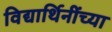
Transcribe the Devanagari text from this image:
विद्यार्थिनींच्या